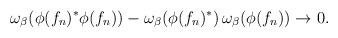
LaTeX: \begin{align*}\omega_\beta (\phi(f_n)^*\phi(f_n) )- \omega_\beta (\phi(f_n)^*) \, \omega_\beta (\phi(f_n)) \rightarrow 0.\end{align*}